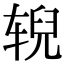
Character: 𫐐